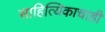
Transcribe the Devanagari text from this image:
साहित्यिकाचाही